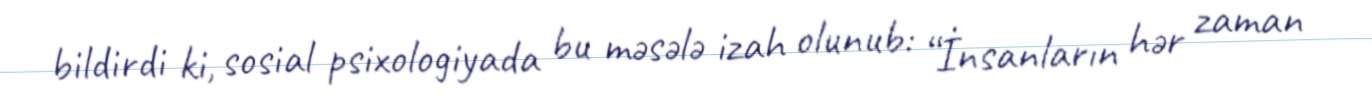
bildirdi ki, sosial psixologiyada bu məsələ izah olunub: “İnsanların hər zaman